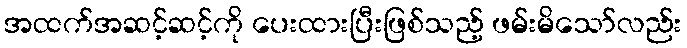
အထက်အဆင့်ဆင့်ကို ပေးထားပြီးဖြစ်သည့် ဖမ်းမိသော်လည်း